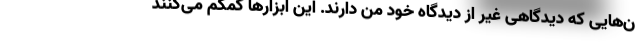
ن‌هایی که دیدگاهی غیر از دیدگاه خود من دارند. این ابزارها کمکم می‌کنند